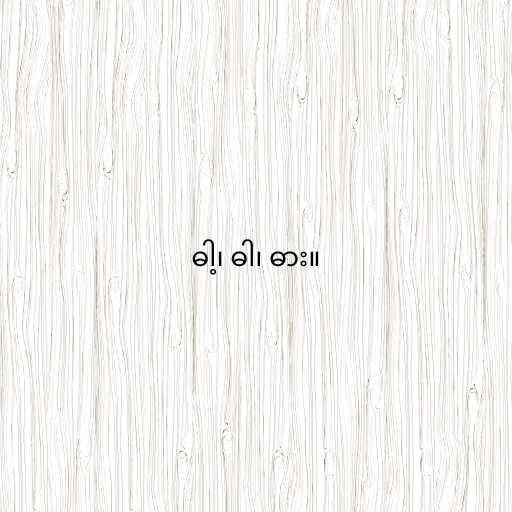
ဓါ့၊ ဓါ၊ ဓား။